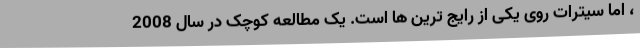
، اما سیترات روی یکی از رایج ترین ها است. یک مطالعه کوچک در سال 2008